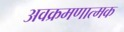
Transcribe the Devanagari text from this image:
अवक्रमणात्मक